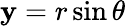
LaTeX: \mathbf{y}=r\sin\theta